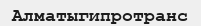
Алматыгипротранс